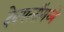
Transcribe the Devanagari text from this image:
देवपत्‍नींमध्ये